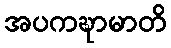
အပကဍ္ဎာမာတိ